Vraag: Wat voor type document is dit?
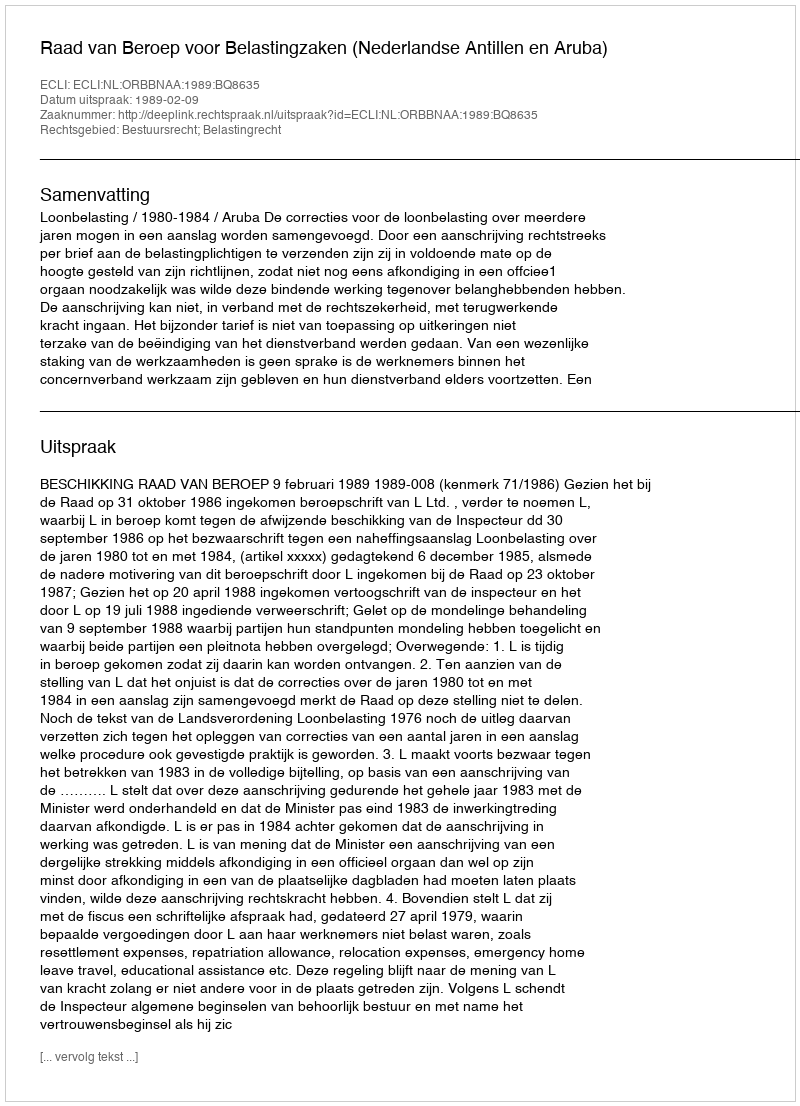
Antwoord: Uitspraak